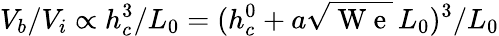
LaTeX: V_{b}/V_{i}\propto h_{c}^{3}/L_{0}=(h_{c}^{0}+a\sqrt{\mathrm{~W~e~}}\, L_{0})^{3}/L_{0}